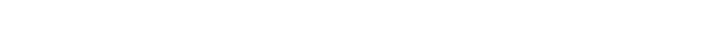
ဣတိ၊ သို့။ သဒ္ဒဘေဒတောပိ၊ သဒ္ဒါနည်းပျက်သောကြောင့်လည်း။ ဥပ္ပါဒမတ္တံ၊ သည်။ န